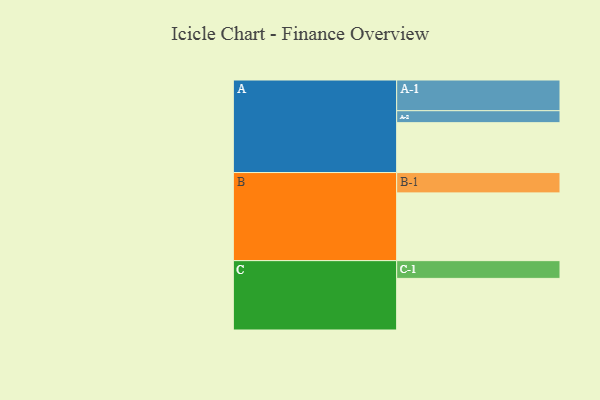
{"axis": {"x": "Segment", "y": "Value"}, "legend": ["", "A", "B", "C"], "data": [{"x": "A", "y": 346, "type": ""}, {"x": "B", "y": 470, "type": ""}, {"x": "C", "y": 358, "type": ""}, {"x": "A-1", "y": 213, "type": "A"}, {"x": "A-2", "y": 83, "type": "A"}, {"x": "B-1", "y": 141, "type": "B"}, {"x": "C-1", "y": 123, "type": "C"}]}